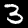
Label: 3